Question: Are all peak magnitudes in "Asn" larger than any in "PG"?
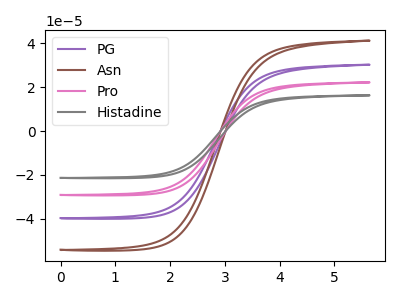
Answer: <think>The purple curve "PG" has no peaks. The brown curve "Asn" has no peaks. The pink curve "Pro" has no peaks. The gray curve "Histadine" has no peaks.</think>
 <answer>Niether CV has any peaks.</answer>
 <eval>blanks</eval>